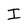
Character: I